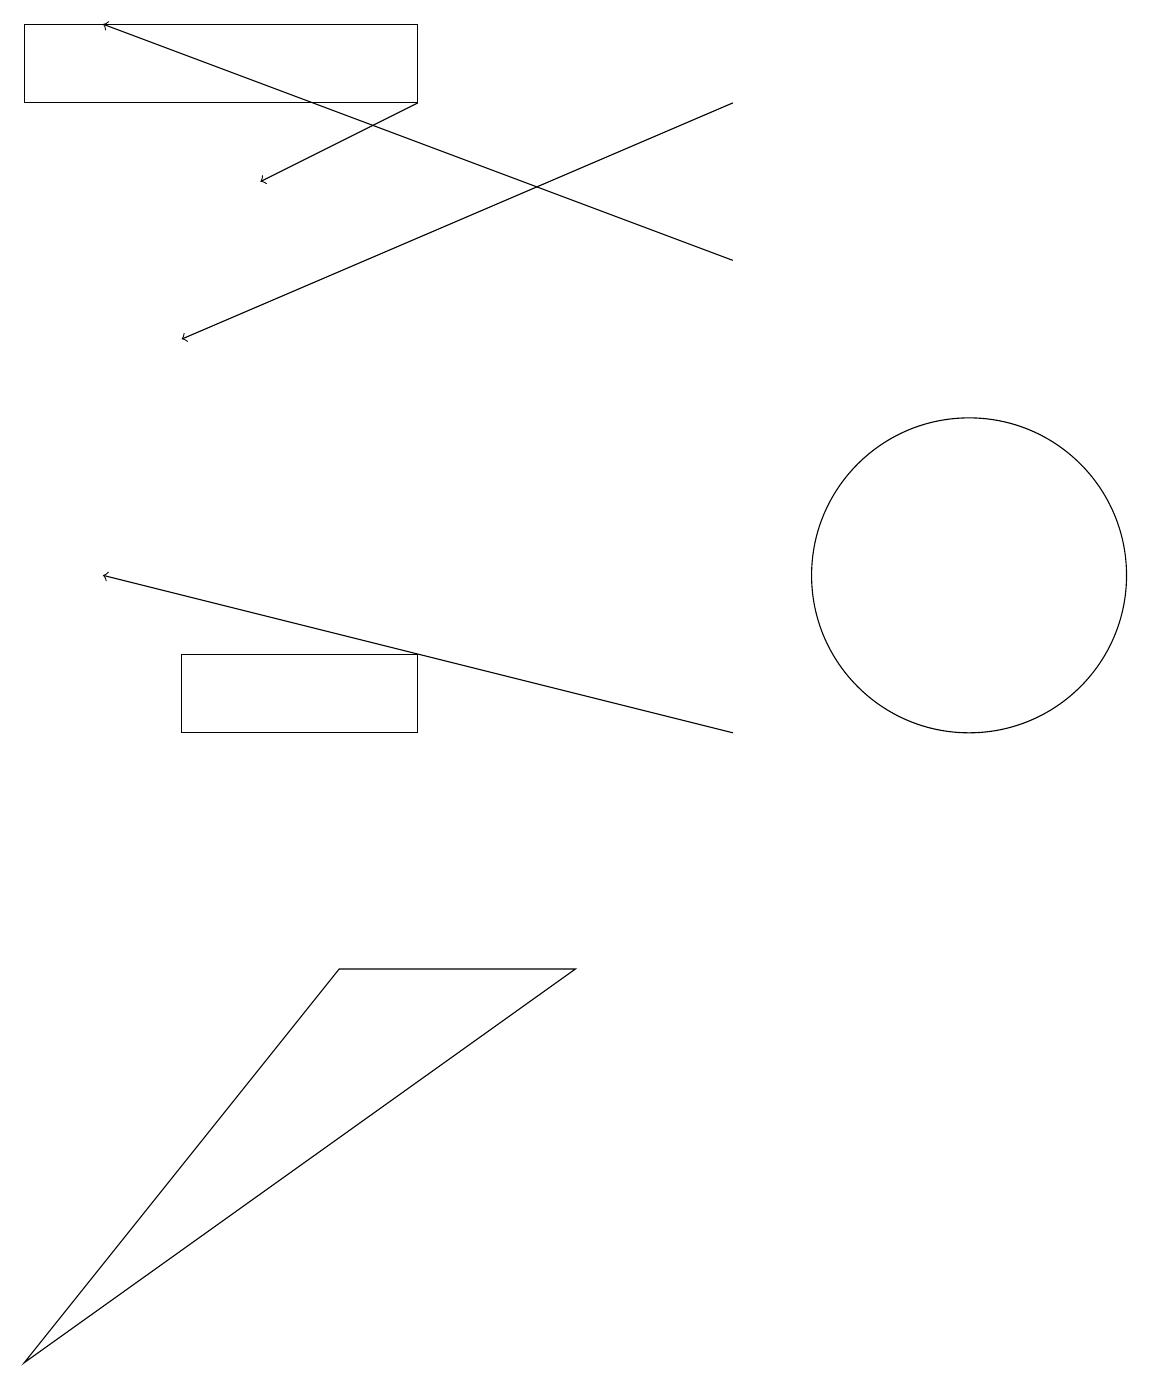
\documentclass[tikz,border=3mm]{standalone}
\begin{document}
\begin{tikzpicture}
\draw (5,18) rectangle (0,19);
\draw[->] (9,10) -- (1,12);
\draw (12,12) circle (2);
\draw (4,7) -- (0,2) -- (7,7) -- cycle;
\draw[->] (9,18) -- (2,15);
\draw (5,11) rectangle (2,10);
\draw[->] (9,16) -- (1,19);
\draw[->] (5,18) -- (3,17);
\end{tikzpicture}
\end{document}